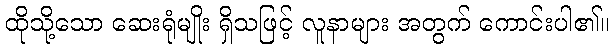
ထိုသို့သော ဆေးရုံမျိုး ရှိသဖြင့် လူနာများ အတွက် ကောင်းပါ၏။